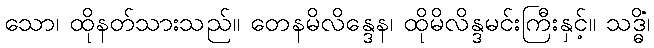
သော၊ ထိုနတ်သားသည်။ တေနမိလိန္ဒေန၊ ထိုမိလိန္ဒမင်းကြီးနှင့်။ သဒ္ဓိံ၊